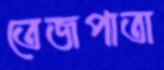
তেজপাতা